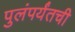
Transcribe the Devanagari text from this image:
पुलंपर्यंतची